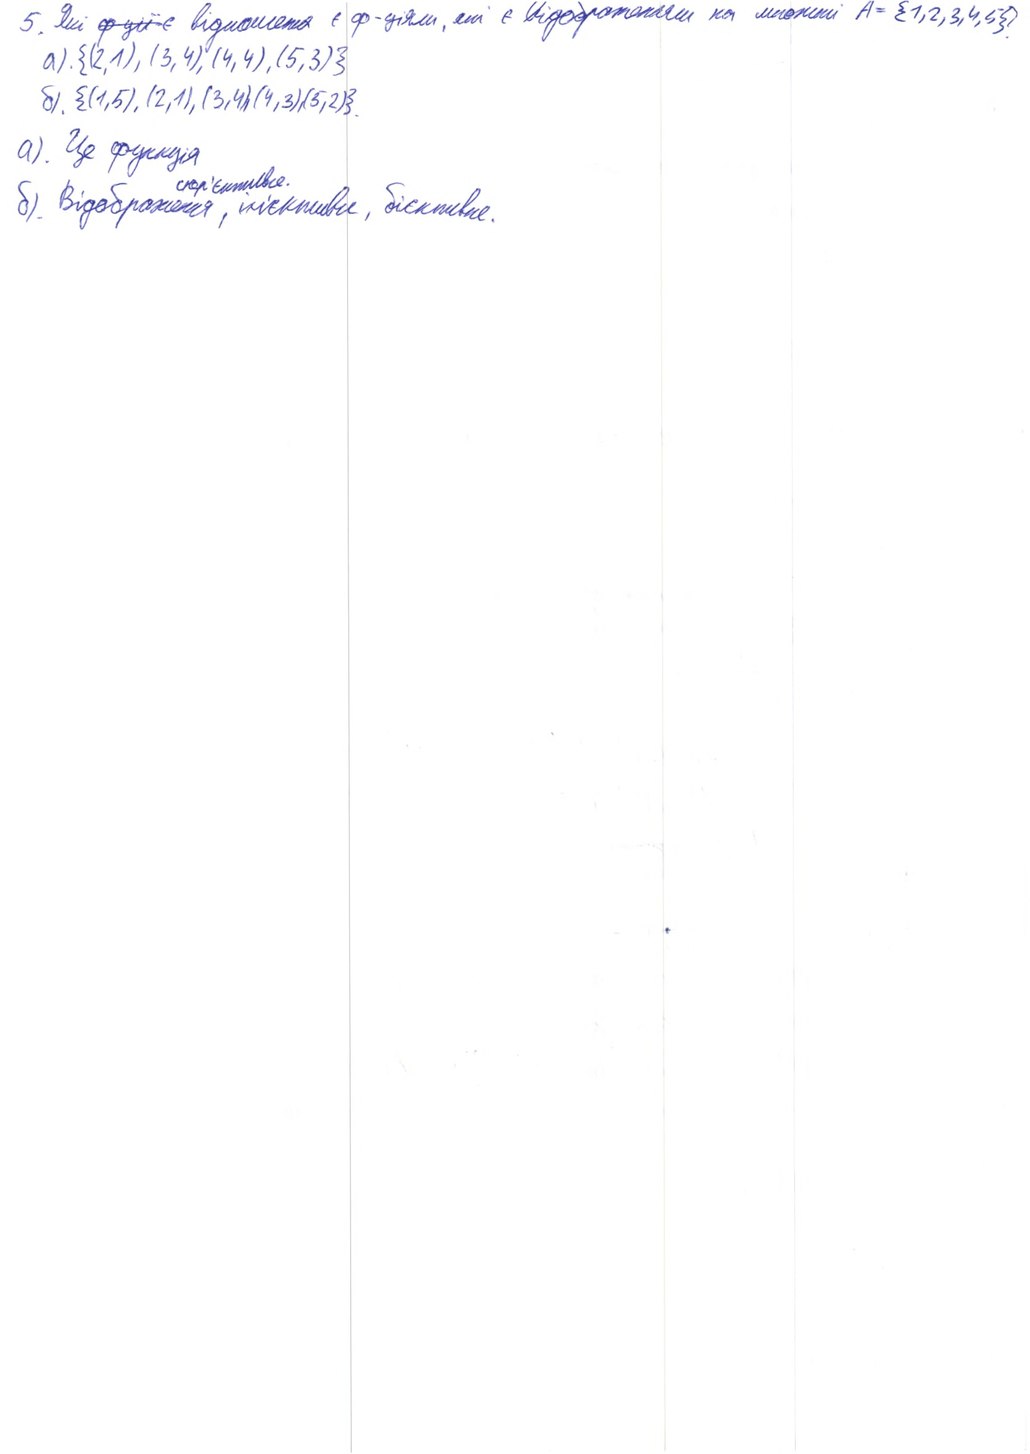
5. Які ~~фції-є~~ відношення є ф-ціями, які є відображеннями на множині
A = {1, 2, 3, 4, 5}?
a). {(2, 1), (3, 4), (4, 4), (5, 3)}
S1 {(1,5), (2,1), (3,4), (4,3), (5,2)}
а) Це функція
б) Відображення, сюр'єктивне, ін'єктивне, бієктивне